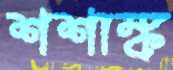
শশাঙ্ক